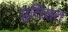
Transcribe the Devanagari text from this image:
प्र्रतिशत